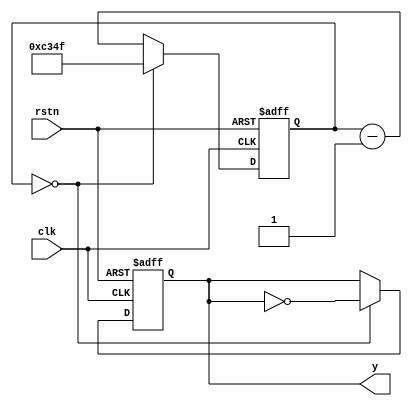
`timescale 1ns / 1ps
//////////////////////////////////////////////////////////////////////////////////
// Company: 
// Engineer: 
// 
// Design Name: 
// Module Name: frequency_divider
// Project Name: 
// Target Devices: 
// Tool Versions: 
// Description: 
// 
// Dependencies: 
// 
// Revision:
// Revision 0.01 - File Created
// Additional Comments:
// 
//////////////////////////////////////////////////////////////////////////////////


module frequency_divider #(
    parameter k = 100000
)(
    input clk,rstn,
    output reg y
    );

    reg [31:0] count;
    reg [31:0] pre_odd_cnt;
    reg [31:0] now_odd_cnt;    
  always @(posedge clk or negedge rstn) begin
    if(!rstn)begin
        count <= k>>1 - 1;
        pre_odd_cnt <= (k>>1) - 1;
        now_odd_cnt <= k[0] ? k>>1 : (k>>1)-1;
    end
    else if(count == 0)begin
        count <= (k[0] ? pre_odd_cnt : (k>>1)-1);
        pre_odd_cnt <= now_odd_cnt;
        now_odd_cnt <= pre_odd_cnt;
    end
    else
        count <= count - 1;
  end
  always @(posedge clk or negedge rstn) begin
    if(!rstn)
        y <= 0;
    else if(count == 0)
        y <= ~y;
    else    
        y <= y;
  end

endmodule